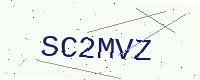
Text: SC2MVZ